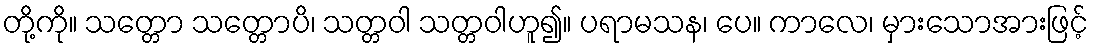
တို့ကို။ သတ္တော သတ္တောပိ၊ သတ္တဝါ သတ္တဝါဟူ၍။ ပရာမသန၊ ပေ။ ကာလေ၊ မှားသောအားဖြင့်